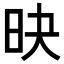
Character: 𣅡